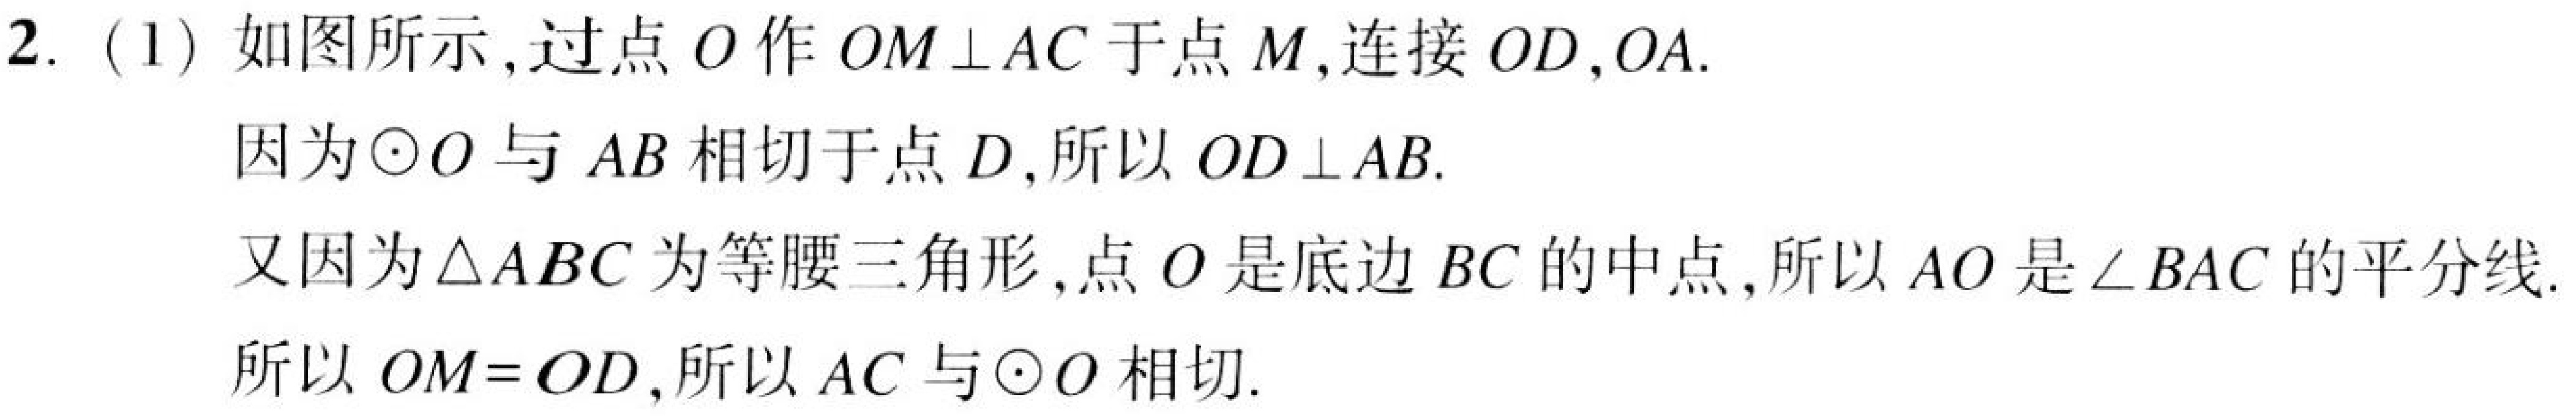
2. (1) 如图所示,过点\(O\)作\(OM\perp AC\)于点\(M\),连接\(OD,OA\).
因为\(\odot O\)与\(AB\)相切于点\(D\),所以\(OD\perp AB\).
又因为\(\triangle ABC\)为等腰三角形,点\(O\)是底边\(BC\)的中点,所以\(AO\)是\(\angle BAC\)的平分线.
所以\(OM = OD\),所以\(AC\)与\(\odot O\)相切.